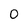
Character: 0